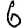
Digit: 6